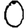
Digit: 0